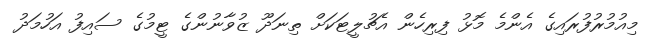
މިއުމުރުފުރައިގެ އެންމެ މޮޅު ފިރިހެން އެޗުލީޓަކަށް ތިނަދޫ ޒުވާނުންގެ ޓީމުގެ ސައިފު އަހުމަދު